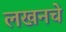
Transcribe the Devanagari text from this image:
लखनचे